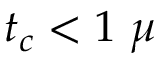
t _ { c } < 1 ~ \mu